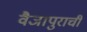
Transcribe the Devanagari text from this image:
वैजापुराची